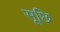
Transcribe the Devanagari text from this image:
सूछि